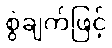
စွဲချက်ဖြင့်